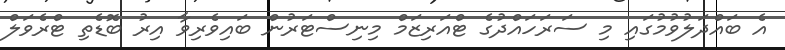
އެ ބައްދަލުވުމުގައި މި ސަރަހައްދުގެ ޓްއަރިޒަމް މިނިސްޓަރުން ބައިވެރިވާ އިރު ބޮޑެތި ޓްރެވަލް